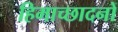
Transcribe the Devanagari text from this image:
हिमाच्छादनों